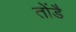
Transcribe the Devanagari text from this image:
तोंडै